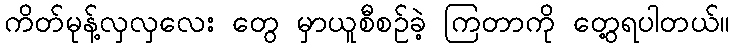
ကိတ်မုန့်လှလှလေး တွေ မှာယူစီစဉ်ခဲ့ ကြတာကို တွေ့ရပါတယ်။